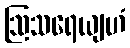
ဩသရေယျဟံ